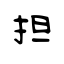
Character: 担